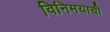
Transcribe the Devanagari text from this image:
विनिमयाची